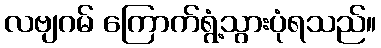
လဗျဂမ် ကြောက်ရွံ့သွားပုံရသည်။